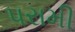
પરામી